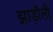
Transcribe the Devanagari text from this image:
झाड़ौली